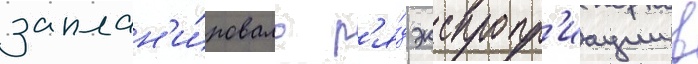
заплан'и́ровало р'я́д экспропр'иации в